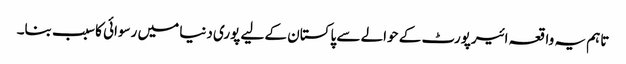
تاہم یہ واقعہ ائیرپورٹ کے حوالے سے پاکستان کے لیے پوری دنیا میں رسوائی کا سبب بنا۔